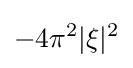
-4\pi ^{2}|\xi |^{2}